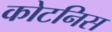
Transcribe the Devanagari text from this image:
कोटनिस